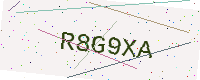
Text: R8G9XA